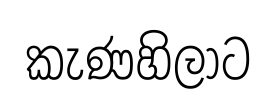
කැණහිලාට